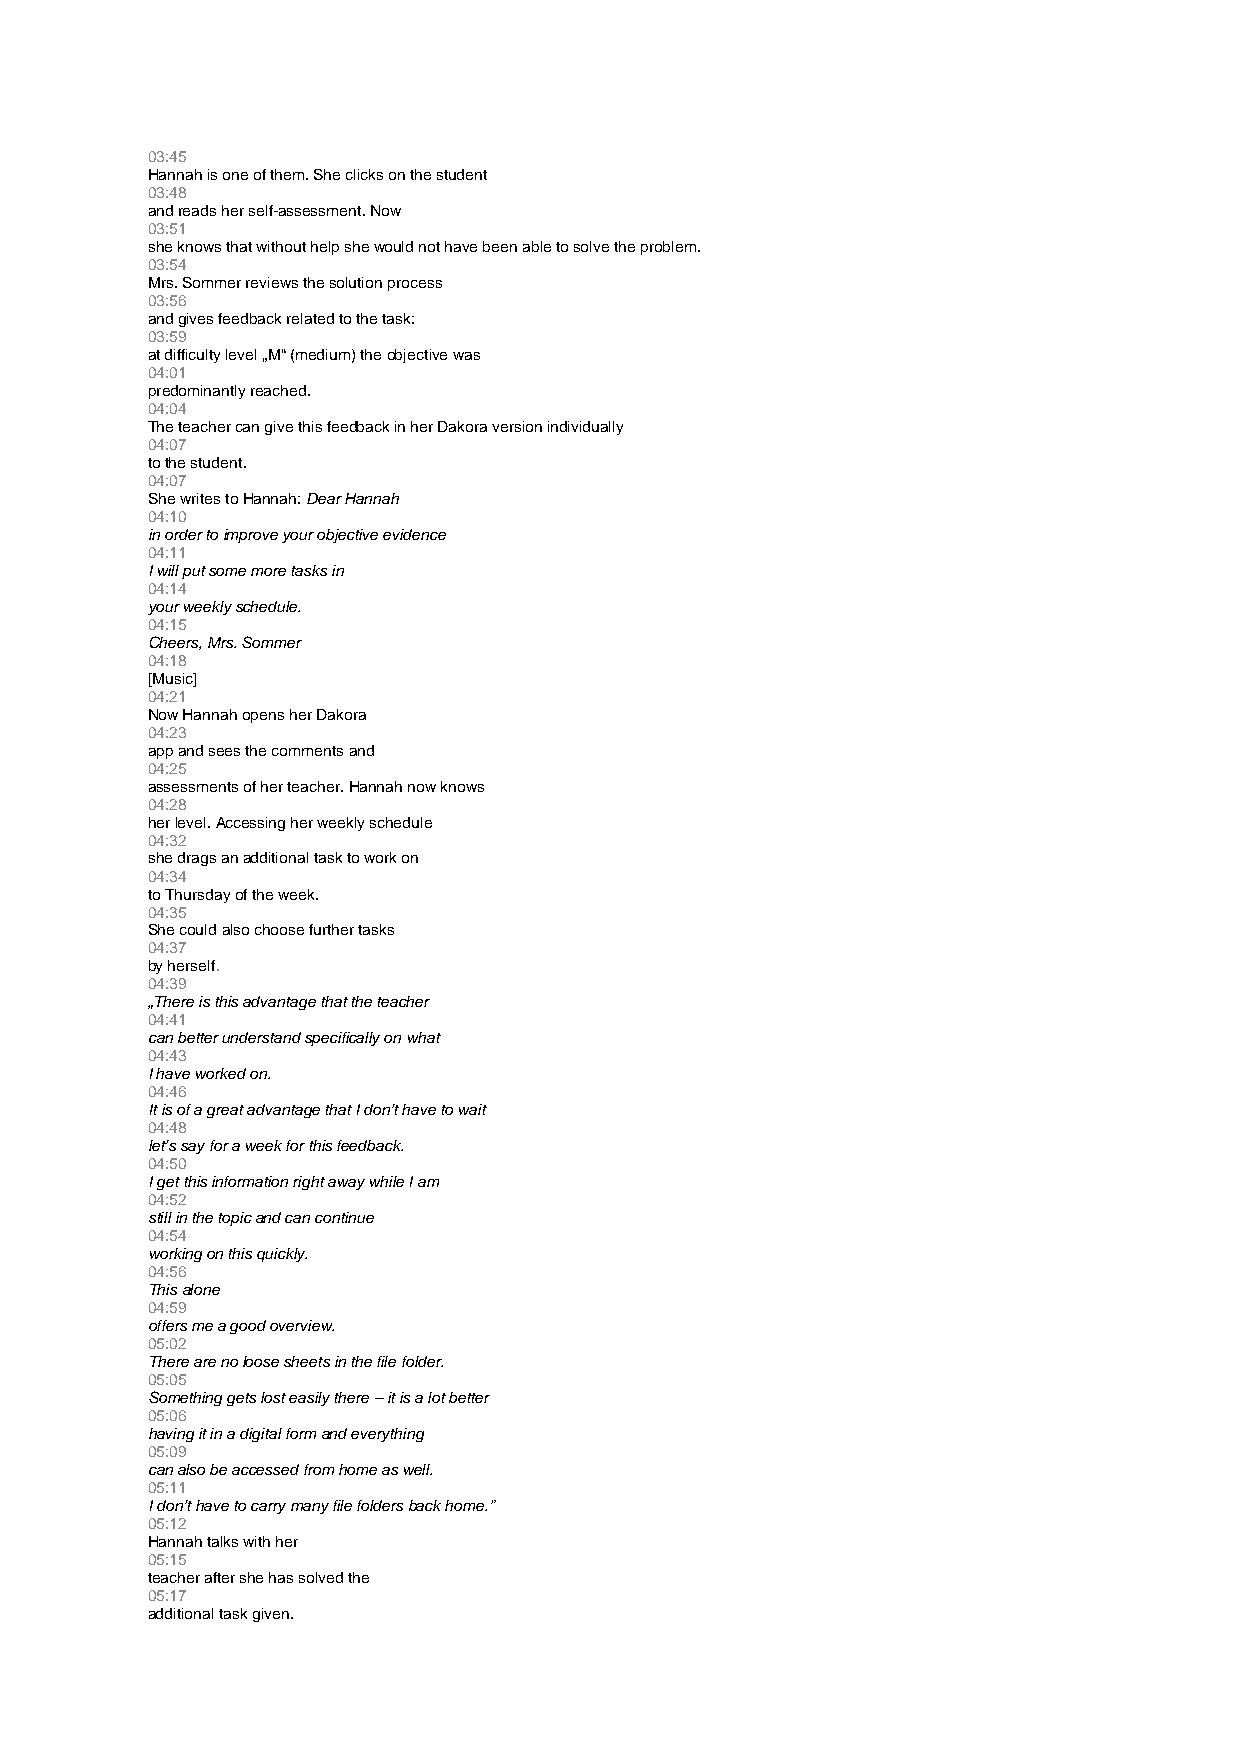
03:45
 Hannah is one of them. She clicks on the student
 03:48
 and reads her self-assessment. Now
 03:51
 she knows that without help she would not have been able to solve the problem.
 03:54
 Mrs. Sommer reviews the solution process
 03:56
 and gives feedback related to the task:
 03:59
 at difficulty level „M“ (medium) the objective was
 04:01
 predominantly reached.
 04:04
 The teacher can give this feedback in her Dakora version individually
 04:07
 to the student.
 04:07
 She writes to Hannah: Dear Hannah
 04:10
 in order to improve your objective evidence
 04:11
 I will put some more tasks in
 04:14
 your weekly schedule.
 04:15
 Cheers, Mrs. Sommer
 04:18
 [Music]
 04:21
 Now Hannah opens her Dakora
 04:23
 app and sees the comments and
 04:25
 assessments of her teacher. Hannah now knows
 04:28
 her level. Accessing her weekly schedule
 04:32
 she drags an additional task to work on
 04:34
 to Thursday of the week.
 04:35
 She could also choose further tasks
 04:37
 by herself.
 04:39
 „There is this advantage that the teacher
 04:41
 can better understand specifically on what
 04:43
 I have worked on.
 04:46
 It is of a great advantage that I don’t have to wait
 04:48
 let’s say for a week for this feedback.
 04:50
 I get this information right away while I am
 04:52
 still in the topic and can continue
 04:54
 working on this quickly.
 04:56
 This alone
 04:59
 offers me a good overview.
 05:02
 There are no loose sheets in the file folder.
 05:05
 Something gets lost easily there – it is a lot better
 05:06
 having it in a digital form and everything
 05:09
 can also be accessed from home as well.
 05:11
 I don’t have to carry many file folders back home.”
 05:12
 Hannah talks with her
 05:15
 teacher after she has solved the
 05:17
 additional task given.